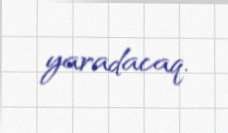
yaradacaq.